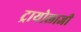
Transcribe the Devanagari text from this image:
ट्रायोलाजी